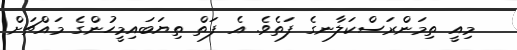
މިއީ ތިމަންރަސްކަލާނގެ ފަތެވެ. އެ ފަތް ތިޔަބައިމީހުންގެ މައްޗަށް